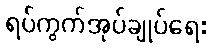
ရပ်ကွက်အုပ်ချုပ်ရေး